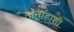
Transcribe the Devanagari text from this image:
तानाहाशी